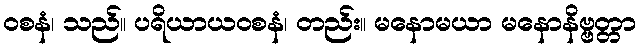
ဝစနံ၊ သည်။ ပရိယာယဝစနံ၊ တည်း။ မနောမယာ မနောနိဗ္ဗတ္တာ